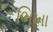
ભિખા